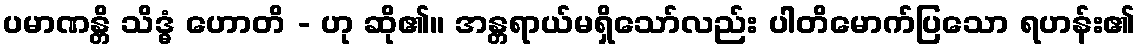
ပမာဏန္တိ သိဒ္ဓံ ဟောတိ - ဟု ဆို၏။ အန္တရာယ်မရှိသော်လည်း ပါတိမောက်ပြသော ရဟန်း၏